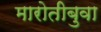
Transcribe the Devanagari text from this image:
मारोतीबुवा